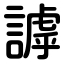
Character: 謼